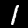
Digit: 1